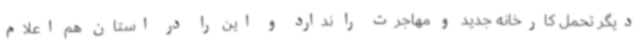
دیگر تحمل کارخانه‌ جدید و مهاجرت را ندارد و این را در استان هم اعلام